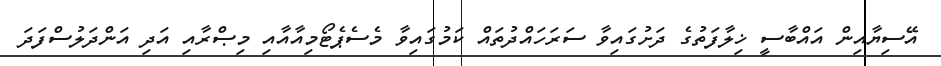
އޭސިޔާއިން އައްބާސީ ޚިލާފަތުގެ ދަށުގައިވާ ސަރަހައްދުތައް ކަމުގައިވާ މެސެޕެޓޯމިއާއާއި މިޞްރާއި އަދި އަންދަލުސްފަދަ